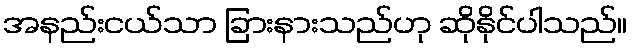
အနည်းငယ်သာ ခြားနားသည်ဟု ဆိုနိုင်ပါသည်။